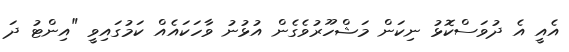
އެއީ އެ ދުވަސްކޮޅު ނިކަން މަޝްހޫރުވެގެން އުޅުނު ވާހަކައެއް ކަމުގައިވީ "އިންޓު ދަ